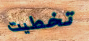
تخطيت